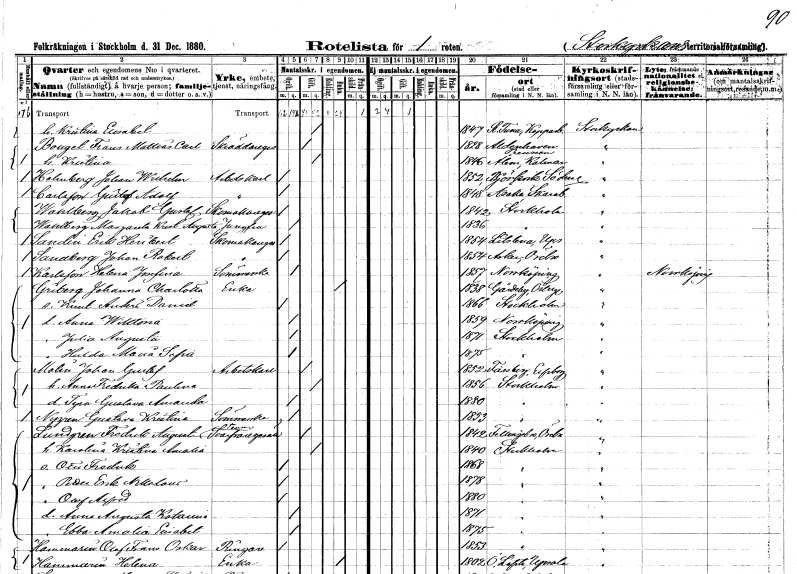
gt_parse: households: individuals: FN: Kristina Elisabet
KON: K
CIV: G
FODAR: 1847
FODFORS: Stora Tuna Kopparbergs län
FN: Frans Mattias Carl
EN: Bouget
YRKE: Skräddaregesäll
KON: M
CIV: G
FODAR: 1828
FN: Kristina
KON: K
CIV: G
FODAR: 1846
FODFORS: Ålem Kalmar län
FN: Johan Wilhelm
EN: Holmberg
YRKE: Arbetskarl
KON: M
CIV: O
FODAR: 1852
FODFORS: Björkvik Södermanlands län
FN: Gustaf Adolf
EN: Carlsson
YRKE: Arbetskarl
KON: M
CIV: O
FODAR: 1848
FODFORS: Åsaka Skaraborgs län
FN: Jakob Gustaf
EN: Wahlberg
YRKE: Skomakaregesäll
KON: M
CIV: O
FODAR: 1842
FODFORS: Stockholm
FN: Margareta Kristina Augusta
EN: Wahlberg
YRKE: Jungfru
KON: K
CIV: O
FODAR: 1836
FODFORS: Stockholm
FN: Erik Heribert
EN: Sandin
YRKE: Skomakaregesäll
KON: M
CIV: O
FODAR: 1854
FODFORS: Litslena Uppsala län
FN: Johan Robert
EN: Sandberg
YRKE: Skomakaregesäll
KON: M
CIV: O
FODAR: 1854
FODFORS: Asker Örebro län
FN: Helena Josefina
EN: Karlsson
YRKE: Sömmerska
KON: K
CIV: O
FODAR: 1857
FODFORS: Norrköping Östergötlands län
FN: Johanna Charlotta
EN: Griberg
YRKE: Änka
KON: K
CIV: E
FODAR: 1838
FODFORS: Gårdeby Östergötlands län
FN: Knut Anders David
KON: M
CIV: O
FODAR: 1866
FODFORS: Stockholm
FN: Anna Wiktoria
KON: K
CIV: O
FODAR: 1859
FODFORS: Norrköping Östergötlands län
FN: Julia Augusta
KON: K
CIV: O
FODAR: 1871
FODFORS: Stockholm
FN: Hulda Maria Sofia
KON: K
CIV: O
FODAR: 1875
FODFORS: Stockholm
FN: Johan Gustaf
EN: Molin
YRKE: Arbetskarl
KON: M
CIV: G
FODAR: 1852
FODFORS: Fässberg Göteborgs- och Bohuslän
FN: Anna Fredrika Paulina
KON: K
CIV: G
FODAR: 1856
FODFORS: Stockholm
FN: Tyra Gustava Amanda
KON: K
CIV: O
FODAR: 1880
FODFORS: Stockholm
FN: Gustava Kristina
EN: Nygren
YRKE: Sömmerska
KON: K
CIV: O
FODAR: 1853
FODFORS: Stockholm
FN: Fredrik August
EN: Lundgren
YRKE: Svarvaregesäll
KON: M
CIV: G
FODAR: 1842
FODFORS: Fellingsbro Örebro län
FN: Karolina Kristina Amalia
KON: K
CIV: G
FODAR: 1840
FODFORS: Stockholm
FN: Otto Fredrik
KON: M
CIV: O
FODAR: 1868
FODFORS: Stockholm
FN: Petter Erik Nikolaus
KON: M
CIV: O
FODAR: 1878
FODFORS: Stockholm
FN: Olof Alfred
KON: M
CIV: O
FODAR: 1880
FODFORS: Stockholm
FN: Anna Augusta Katarina
KON: K
CIV: O
FODAR: 1871
FODFORS: Stockholm
FN: Ebba Amalia Elisabet
KON: K
CIV: O
FODAR: 1875
FODFORS: Stockholm